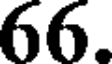
66.